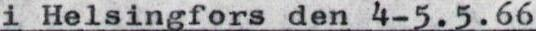
i Helsingfors den 4-5.5.66